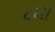
ટમી